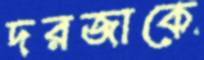
দরজাকে